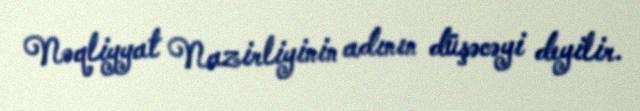
Nəqliyyat Nazirliyinin adının düşəcəyi deyilir.